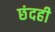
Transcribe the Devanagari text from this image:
छंदही